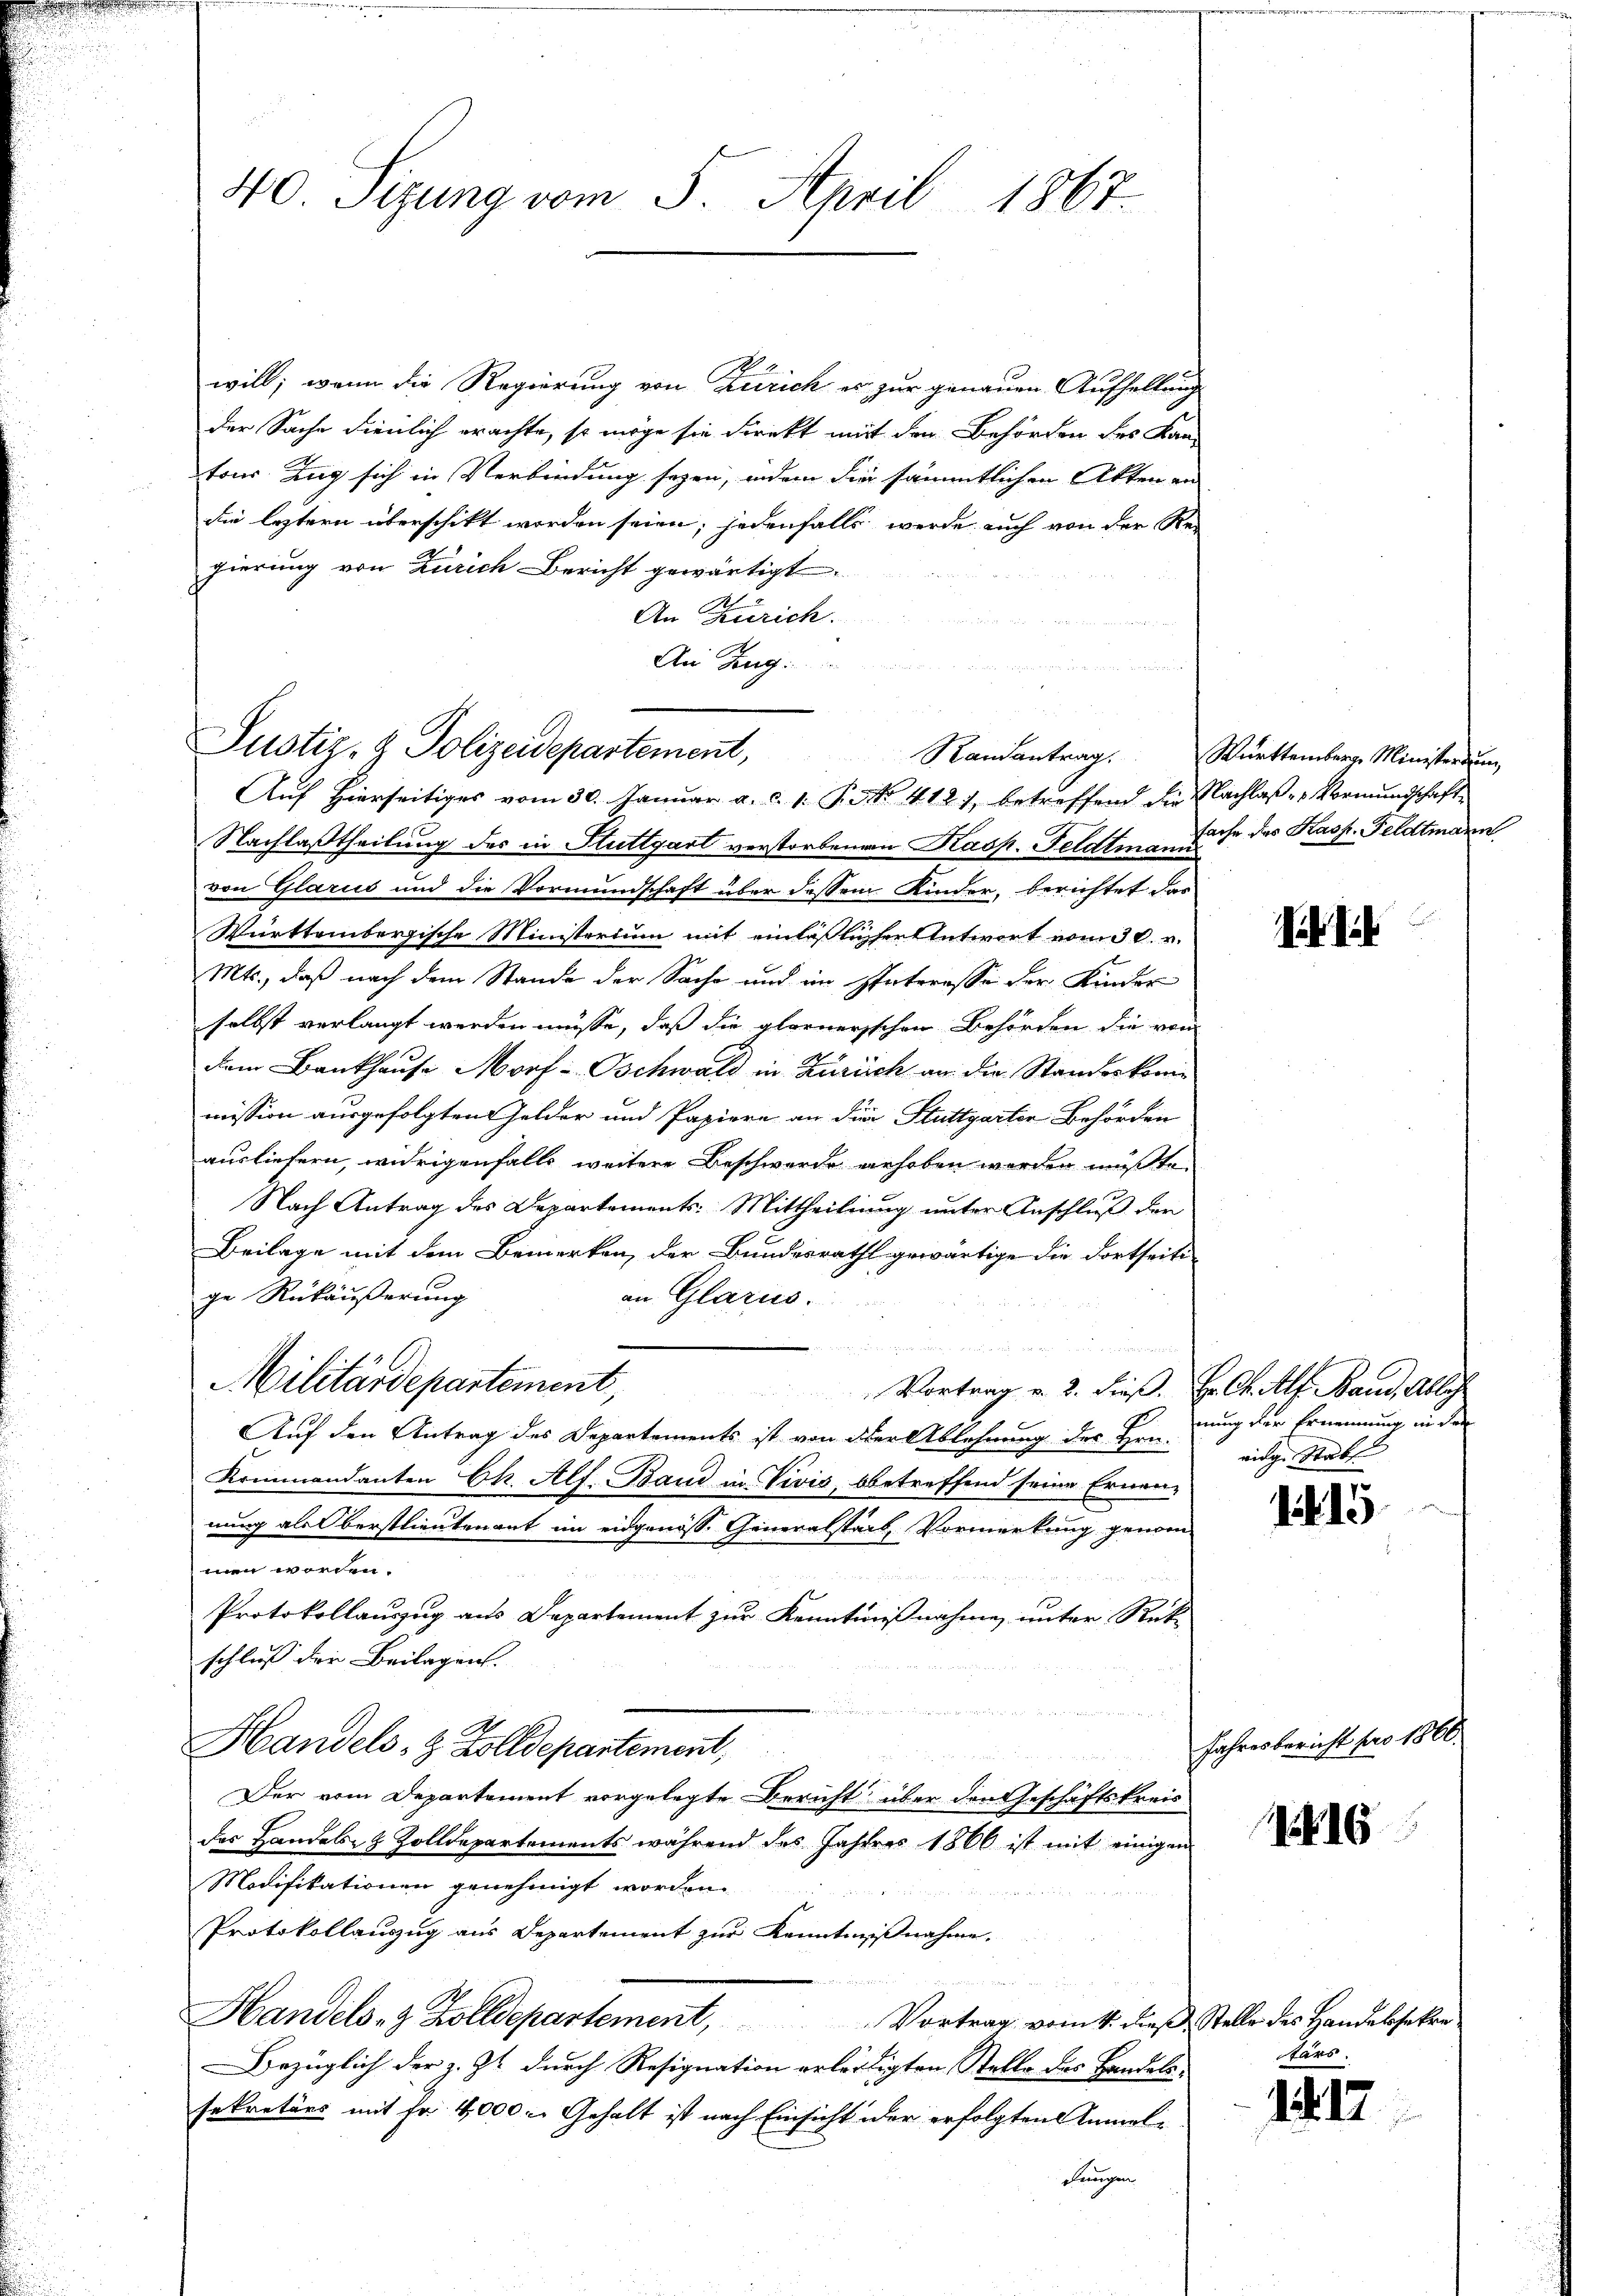
40 Sizung vom 5. April 1867.

will; wenn die Regierung von Zürich es zur genauen Aufhellung
der Sache dienlich erachte, so möge sie direkt mit den Behörden des Kantons Zug sich in Verbindung seyen, indem die sämmtlichen Akten an
die leztern überschikt worden seien; jedenfalls werde auch von der Rei
gierung von Zürich Bericht gewärtigt
An Zürich.
An Zug

Justiz- & Polizeidepartement,
Randantrag.
Aŭf Hierseitiges vom 30. Januar a. c. 1. Frk. 4127, betreffend die Nachlaβ-Vormundschaft

Nachlaßtheilung des in Stuttgart verstorbenen Kasp. Feldten Ruhe des Kasp. Feldtmann
von Glarus und die Vormundschaft über dessem Kinder, berichtet das
Württembergische Ministerium mit einläßlicher Antwort vom 30. v.
Mts., daß nach dem Stande der Sache und im Interesse der Kinder
selbst verlangt werden müsse, daß die glornerischen Behörden die vom
dem Bankhause Morf - Oschwald in Zürich an die Standeskomimission ausgefolgten Gelder und Papiere an die Stuttgarter Behörden
ausliefern, widrigenfalls weitere Beschwerde verhoben werden müßte.
Nach Antrag des Departements: Mittheilung unter Anschluß der
Beilage mit dem Bemerken, der Bundesrath gewärtige die dortseiti-
ge Rückäußerung
an Glarus.
 ange gegen
Militärdepartement,
Vortrag v. 3. dieß. Hr. Ch. Alf. Band, Ableh
Auf den Antrag des Departements ist von der Ablehnung des Hrn.
Kommandanten Ch. Alf. Band in Vivis, betreffend seine Ernennung als Oberstlieutenant im eidgenöss. Generalstadt, Vormerkung genommen worden.
Protokollauszug aus Departement zŭr Kenntnißnahme unter Rück-
schluß der Beilagen.
Handels- & Zolldepartement,
n
Der vom Departement vorgelegte Bericht über den Geschäftskreis
des Handels- & Zolldepartements während des Jahres 1866 ist mit einigen
Modifikationen genehmigt worden.

Protokollauszug aus Departement zur Kenntnißnahme,
Handels- & Zolldepartement, Vortrag vom 4. dieβ, Stelle des Handelssekre
Bezüglich der z. Zt. durch Resignation erleidigten Stelle des Handels-
sekretärs mit Fr. 4000. Gehalt ist nach Einsicht der erfolgten Anmeldringen

Württemberg Ministerium

nung der Ernennung in der
ridge Stabs

1. 15

Jahresbericht pro 1860.

16

tans.

1417